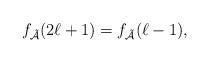
LaTeX: \begin{align*}f_\mathcal{\tilde{A}}(2\ell +1)=f_\mathcal{\tilde{A}}(\ell-1),\end{align*}